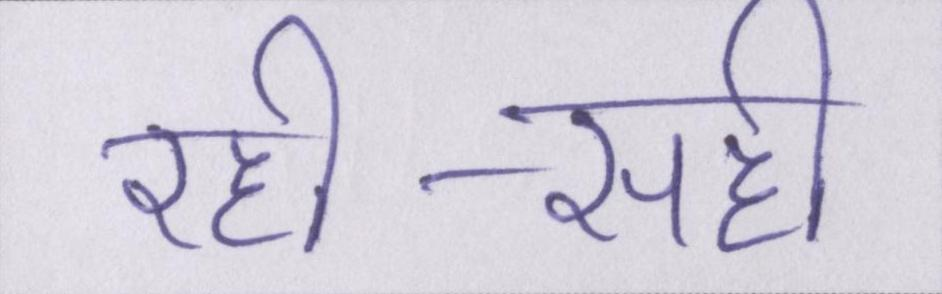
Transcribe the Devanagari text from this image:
रही-सही